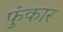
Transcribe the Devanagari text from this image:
फुंकार